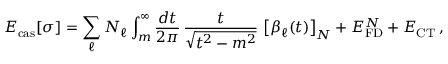
E _ { \mathrm { c a s } } [ \sigma ] = \sum _ { \ell } N _ { \ell } \int _ { m } ^ { \infty } \frac { d t } { 2 \pi } \, \frac { t } { \sqrt { t ^ { 2 } - m ^ { 2 } } } \, \left[ \beta _ { \ell } ( t ) \right] _ { N } + E _ { \mathrm { F D } } ^ { N } + E _ { \mathrm { C T } } \, ,